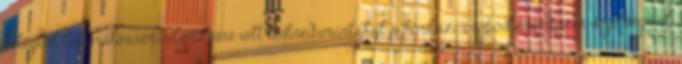
betegtől laboratóriumi elemzésre vett testnedvmintákat a kórházi csőpostarendszer segítségével